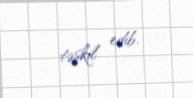
təşkil edib.